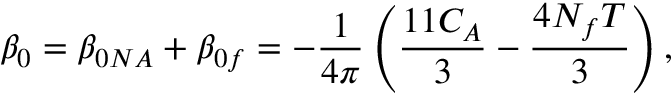
\beta _ { 0 } = \beta _ { 0 N A } + \beta _ { 0 f } = - \frac { 1 } { 4 \pi } \left( \frac { 1 1 C _ { A } } { 3 } - \frac { 4 N _ { f } T } { 3 } \right) ,